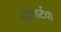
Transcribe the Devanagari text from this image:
स्टुट्गार्टचा